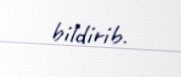
bildirib.